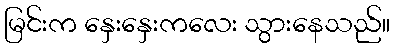
မြင်းက နှေးနှေးကလေး သွားနေသည်။